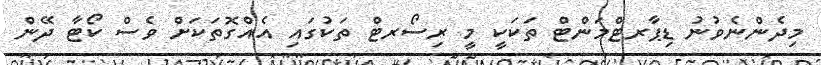
މިދެންނެވުނު ޑިޕާރޓްމަންޓް ތަކަކީ މީ ރިސޯރޓް ތަކުގައި އެއްގޮތަކަށް ވެސް ކޯޓާ ދޭން